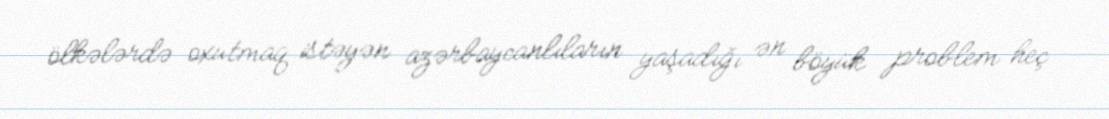
ölkələrdə oxutmaq istəyən azərbaycanlıların yaşadığı ən böyük problem heç